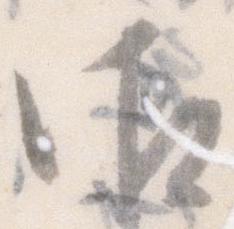
御